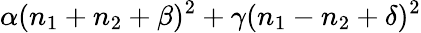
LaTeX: \alpha(n_{1}+n_{2}+\beta)^{2}+\gamma(n_{1}-n_{2}+\delta)^{2}